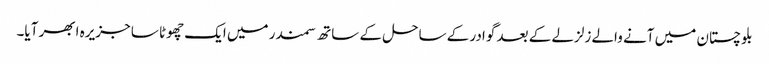
بلوچستان میں آنے والے زلزلے کے بعد گوادر کے ساحل کے ساتھ سمندر میں ایک چھوٹا سا جزیرہ ابھر آیا۔